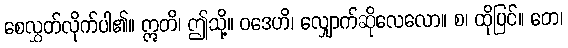
စေလွှတ်လိုက်ပါ၏။ ဣတိ၊ ဤသို့။ ဝဒေဟိ၊ လျှောက်ဆိုလေလော။ စ၊ ထိုပြင်။ တေ၊